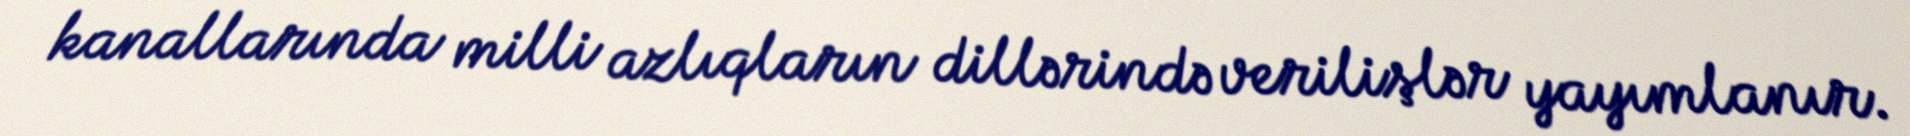
kanallarında milli azlıqların dillərində verilişlər yayımlanır.